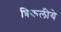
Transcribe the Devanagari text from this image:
त्रिकलीये